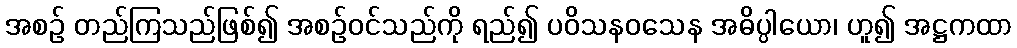
အစဉ် တည်ကြသည်ဖြစ်၍ အစဉ်ဝင်သည်ကို ရည်၍ ပဝိသနဝသေန အဓိပ္ပါယော၊ ဟူ၍ အဋ္ဌကထာ